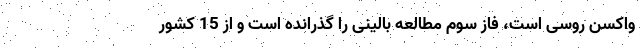
واکسن روسی است، فاز سوم مطالعه بالینی را گذرانده است و از 15 کشور